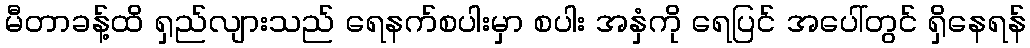
မီတာခန့်ထိ ရှည်လျားသည် ရေနက်စပါးမှာ စပါး အနှံကို ရေပြင် အပေါ်တွင် ရှိနေရန်